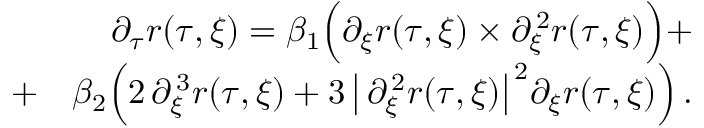
\begin{array} { r l r } { ~ } & { ~ } & { ~ \partial _ { \tau } { \boldsymbol { r } } ( \tau , \xi ) = \beta _ { 1 } \Bigl ( \partial _ { \xi } { \boldsymbol { r } } ( \tau , \xi ) \times \partial _ { \xi } ^ { \, 2 } { \boldsymbol { r } } ( \tau , \xi ) \Bigr ) + } \\ { ~ ~ } & { + } & { \beta _ { 2 } \Bigl ( 2 \, \partial _ { \xi } ^ { \, 3 } { \boldsymbol { r } } ( \tau , \xi ) + { 3 } \, \bigl \vert \, \partial _ { \xi } ^ { \, 2 } { \boldsymbol { r } } ( \tau , \xi ) \bigr \vert ^ { \, 2 } \partial _ { \xi } { \boldsymbol { r } } ( \tau , \xi ) \Bigr ) \, . } \end{array}